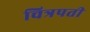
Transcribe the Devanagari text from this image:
चित्रपती